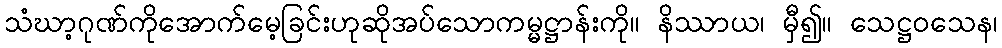
သံဃာ့ဂုဏ်ကိုအောက်မေ့ခြင်းဟုဆိုအပ်သောကမ္မဋ္ဌာန်းကို။ နိဿာယ၊ မှီ၍။ သေဋ္ဌဝသေန၊